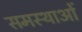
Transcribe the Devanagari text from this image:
समस्थाओं